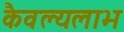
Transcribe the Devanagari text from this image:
कैवल्यलाभ